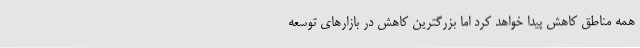
همه مناطق کاهش پیدا خواهد کرد اما بزرگترین کاهش در بازارهای توسعه